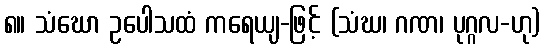
၈။ သံဃော ဥပေါသထံ ကရေယျ-ဖြင့် (သံဃ၊ ဂဏ၊ ပုဂ္ဂလ-ဟု)